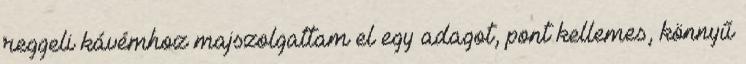
reggeli kávémhoz majszolgattam el egy adagot, pont kellemes, könnyű